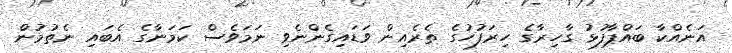
އަނެއްކާ ބައްޕާފުޅު ގާހިރާގެ ހިރަފުހުގެ ތެރެއިން ވަޑައިގެންނެވި ނަމަވެސް ކަމަނާގެ އެބައި ނެތުމުން